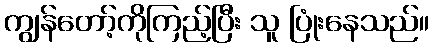
ကျွန်တော့်ကိုကြည့်ပြီး သူ ပြုံးနေသည်။